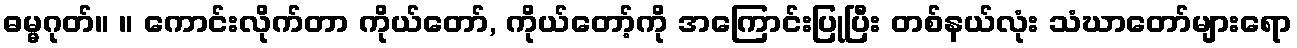
ဓမ္မဂုတ်။ ။ ကောင်းလိုက်တာ ကိုယ်တော်, ကိုယ်တော့်ကို အကြောင်းပြုပြီး တစ်နယ်လုံး သံဃာတော်များရော